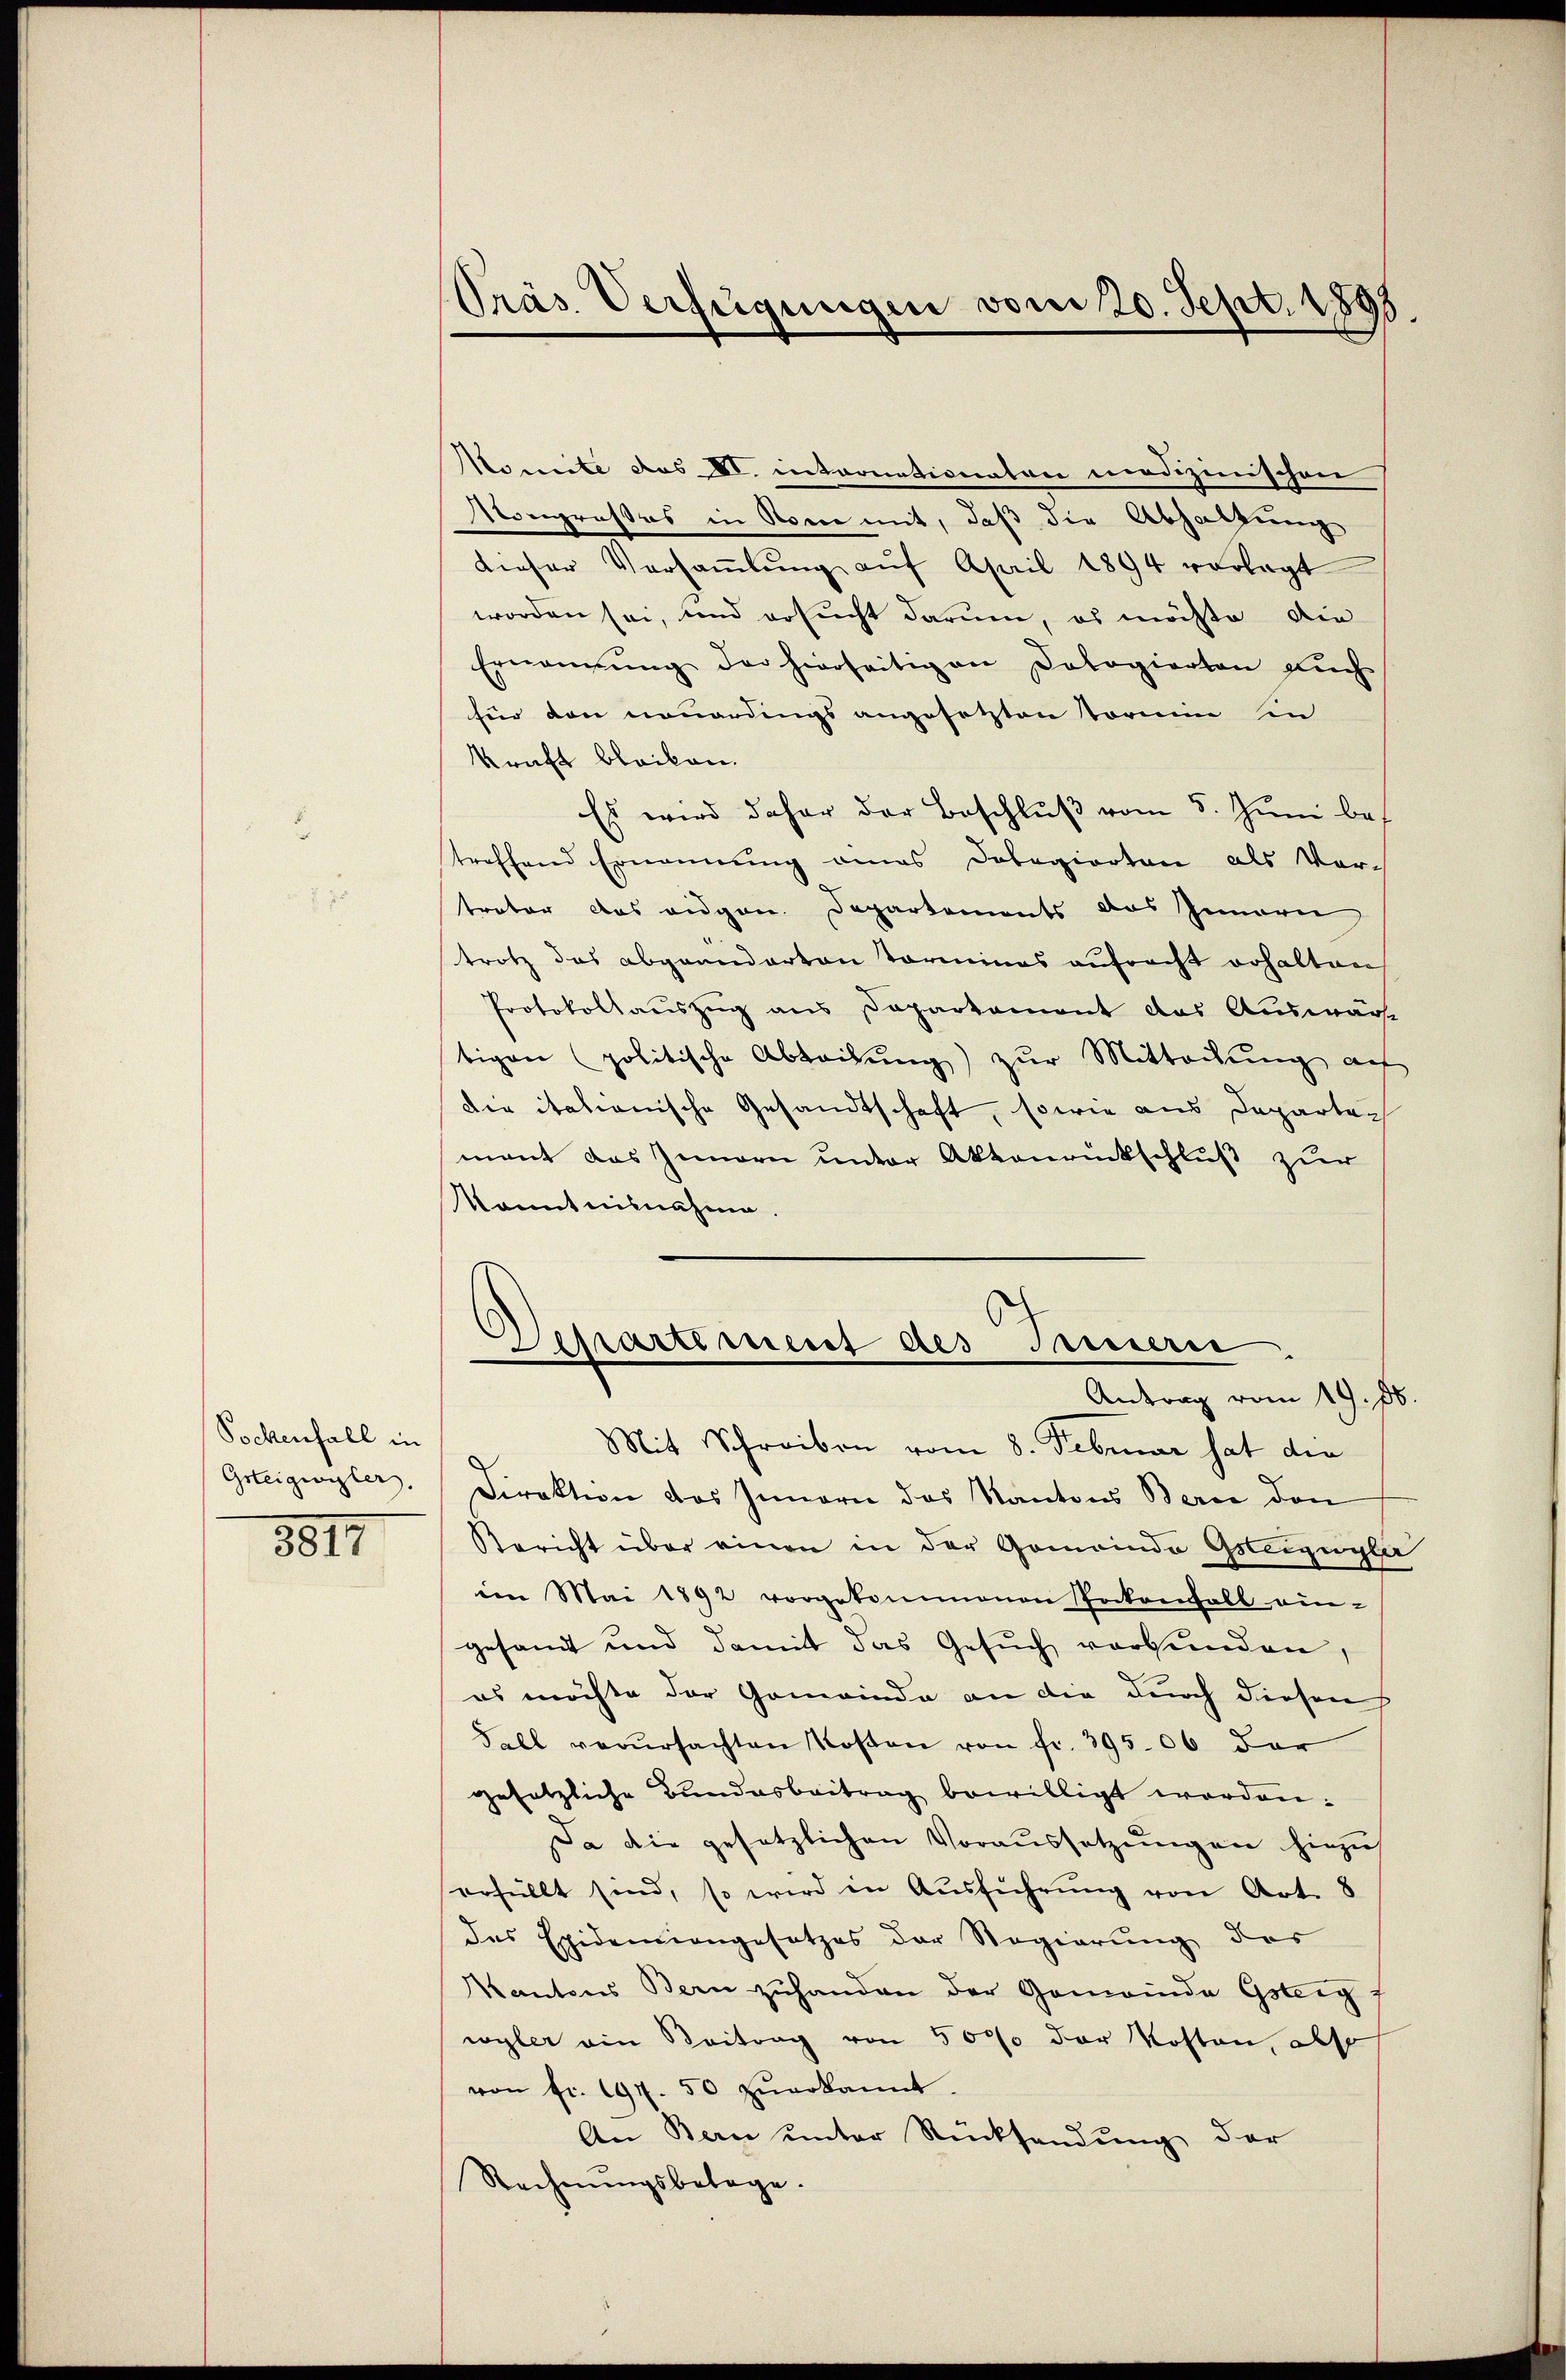
Pochenfall in
Gsteigwyler.
3817

Präs. Verfügungen vom 20. Sept. 1895.

Momite aus VI. internationaten medizinischen
Kongroßes in Rom mit, daß die Abhaltung
dieser Versaṁlŭng aŭf April 1894 vorlagt
worden sei, und ersucht darum, es möchte die
Ernennung der hierseitigen Cologierten aŭch
für den nouerdings angesetzten Tornin in
kraft bleiben.
Es wird daher der Beschluß vom 5. Juni bes
treffend Ernennung eines Dobegierten als Vor-
trator das eidgen. Departements das Innern
trotz das abgeänderten Terminas aufracht erhalten
Protokollauszug aus Departement das Auswärt
tigen politische Abteilung zur Mitteilung au
die italianische Gesandtschaft, sowie aus Departemant das Innern unter Aktenrückschluß zur
Monntnisnahme
Mit Schreiben vom 8. Februar hat die
Direktion des Innern das Kantons Berne den
Bericht über einen in der Gemeinde Gsteifügter
in Mai 1892 vorgekommenen Pockenfall ein-
gesamt und damit das Gesŭch verbunden,
es möchte der Gemeinde an die durch diesen
Fall verŭrsachten Kosten von fr. 395.06 der
gesetzliche Bundesbeitrag bewilligt worden:
Da die gesetzlichen Voraussetzŭngen hiezu
erfüllt sind, so wird in Aŭsführŭng von Art. 8
das Epidemiengesetzes der Regierung des
Kantons Bern zuhanden der Gemeinde Gsteig f
wyler ein Beitrag von 5000 der Kosten, also
von fr. 197. 50 zŭerkannt.
An Bern unter Rücksendung der
Rechnŭngsbetage.

l
Separtiment des Innerei
Antrag vom 19. ds.